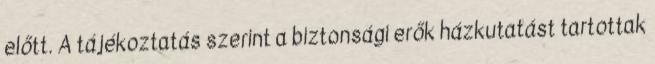
előtt. A tájékoztatás szerint a biztonsági erők házkutatást tartottak